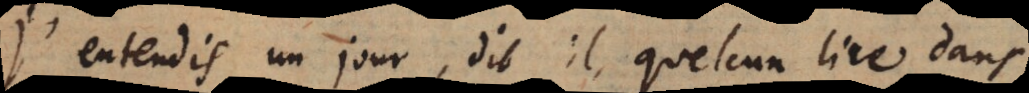
J’entendis un jour, dit il, quelcun lire dans